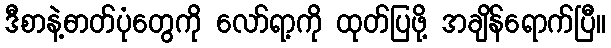
ဒီစာနဲ့ဓာတ်ပုံတွေကို လော်ရာ့ကို ထုတ်ပြဖို့ အချိန်ရောက်ပြီ။